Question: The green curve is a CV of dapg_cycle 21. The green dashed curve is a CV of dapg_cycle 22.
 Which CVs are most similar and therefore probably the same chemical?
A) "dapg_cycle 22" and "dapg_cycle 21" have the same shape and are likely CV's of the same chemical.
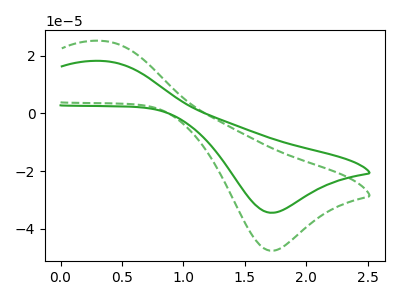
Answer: <think>The green curve "dapg_cycle 21" has an anodic peak at (0.35V, 18.25uA) and a cathodic peak at (1.70V, -34.50uA). The green dashed curve "dapg_cycle 22" has an anodic peak at (0.35V, 25.20uA) and a cathodic peak at (1.70V, -47.70uA).
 All the peaks in "dapg_cycle 21" have a peak in "dapg_cycle 22" at the same potential. Every peak in "dapg_cycle 21" is lower than every peak in "dapg_cycle 22".</think>
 <answer>A) "dapg_cycle 22" and "dapg_cycle 21" have the same shape and are likely CV's of the same chemical.</answer>
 <eval>A</eval>